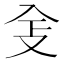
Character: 𠓥